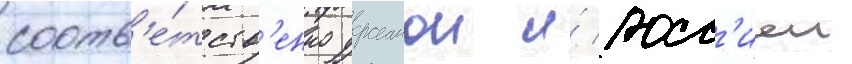
соотв'е́тств'енно украинои и́ росс'иеи